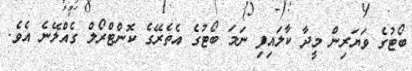
ބޯޓުގެ ވަޔަރިން މީދާ ކާލައިފި ނަމަ ބޯޓުގެ އެތެރޭގެ ކޮންޓްރޯލް ގެއްލޭނެ އެވެ.